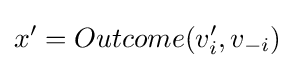
x'=Outcome(v_{i}',v_{-i})